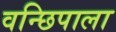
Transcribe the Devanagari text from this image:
वन्छिपाला